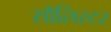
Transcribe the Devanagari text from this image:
सौलिस्टर